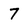
Character: 7